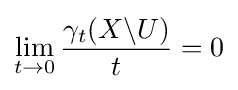
\lim _{t\rightarrow 0}{\gamma _{t}(X\backslash U) \over t}=0